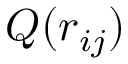
Q ( r _ { i j } )